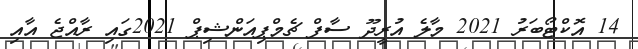
14 އޮކްޓޯބަރު 2021 މާލެ އުރީދޫ ސާފް ޗެމްޕިއަންޝިޕް 2021ގައި ރާއްޖެ އާއި